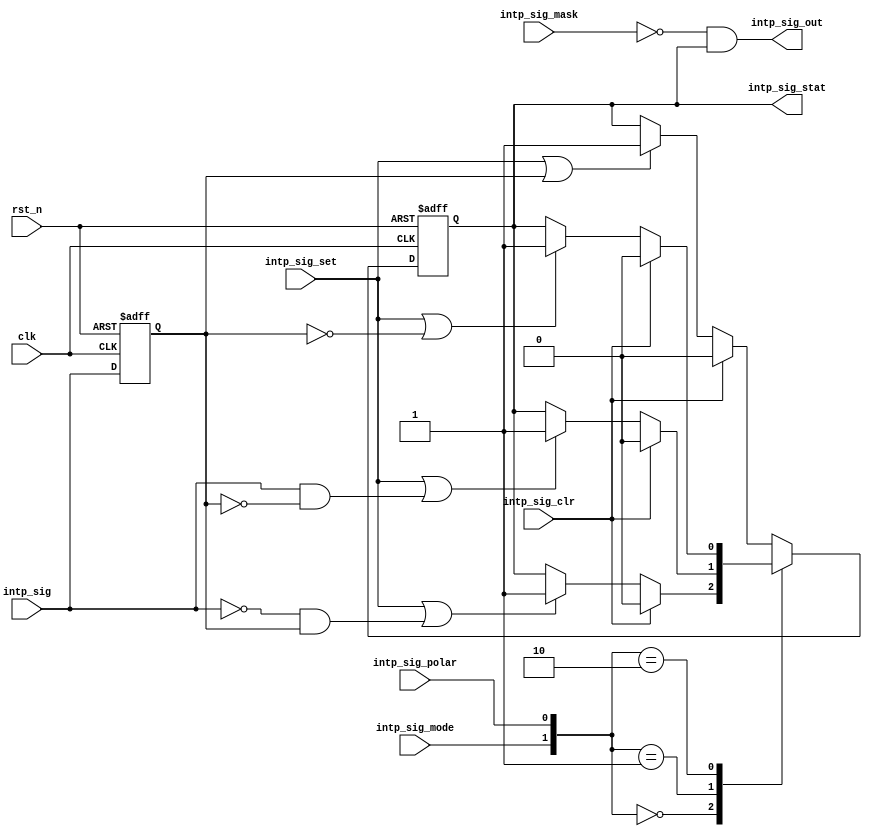
module intp_mgr
#(
    parameter   SIG_WIDTH = 1
)    
(
    
    input                           clk,
    input                           rst_n,

    input      [SIG_WIDTH-1:0]      intp_sig,
    input      [SIG_WIDTH-1:0]      intp_sig_set,
    input      [SIG_WIDTH-1:0]      intp_sig_clr,
    input      [SIG_WIDTH-1:0]      intp_sig_mode,
    input      [SIG_WIDTH-1:0]      intp_sig_mask,
    input      [SIG_WIDTH-1:0]      intp_sig_polar,

    output reg [SIG_WIDTH-1:0]      intp_sig_stat,
    output                          intp_sig_out

);

    /*autodef*/
    //Start of automatic define
    //Start of automatic reg
    //Define flip-flop registers here
    //Define combination registers here
    //End of automatic reg
    //Start of automatic wire
    //Define assign wires here
    //Define instance wires here
    //End of automatic wire
    //End of automatic define
    reg    [SIG_WIDTH-1:0]      intp_sig_dly     ;
    reg    [SIG_WIDTH-1:0]      intp_sig_stat_dly;
    wire   [SIG_WIDTH-1:0]      intp_sig_rise    ;
    wire   [SIG_WIDTH-1:0]      intp_sig_fall    ;
    wire   [SIG_WIDTH-1:0]      intp_sig_low     ;
    wire   [SIG_WIDTH-1:0]      intp_sig_high    ;

    genvar i;    

    generate for (i = 0; i < SIG_WIDTH; i = i + 1)begin: intp_mgr

    always @(posedge clk or negedge rst_n) begin
        if (!rst_n) begin
            intp_sig_dly[i] <= 1'b0;
        end else begin
            intp_sig_dly[i] <= intp_sig[i];
        end
    end
    
    assign intp_sig_rise[i] = intp_sig[i]&&!intp_sig_dly[i];
    assign intp_sig_fall[i] = !intp_sig[i]&&intp_sig_dly[i];
    assign intp_sig_low[i] = (intp_sig_dly[i]==1'b0);
    assign intp_sig_high[i] = (intp_sig_dly[i]==1'b1);
    
    always @(posedge clk or negedge rst_n) begin
        if (!rst_n) begin
            intp_sig_stat[i] <= 1'b0;
        end else begin
            intp_sig_stat[i] <= intp_sig_stat_dly[i];
        end
    end

    always @(*) begin
        case ({intp_sig_mode[i],intp_sig_polar[i]})
            2'b00 : begin
                intp_sig_stat_dly[i] = intp_sig_clr[i] ? 1'b0 :
                                 (intp_sig_set[i]||intp_sig_fall[i]) ? 1'b1 : intp_sig_stat[i];
            end
            2'b01 : begin
                intp_sig_stat_dly[i] = intp_sig_clr[i] ? 1'b0 :
                                 (intp_sig_set[i]||intp_sig_rise[i]) ? 1'b1 : intp_sig_stat[i];
            end
            2'b10 : begin
                intp_sig_stat_dly[i] = intp_sig_clr[i] ? 1'b0 :
                                 (intp_sig_set[i]||intp_sig_low[i]) ? 1'b1 : intp_sig_stat[i];
            end
            default : begin
                intp_sig_stat_dly[i] = intp_sig_clr[i] ? 1'b0 :
                                 (intp_sig_set[i]||intp_sig_high[i]) ? 1'b1 : intp_sig_stat[i];
            end
        endcase
    end
    end

    endgenerate 

    assign intp_sig_out = (|((~intp_sig_mask[SIG_WIDTH-1:0]) & intp_sig_stat[SIG_WIDTH-1:0]));


endmodule